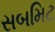
સબમિટ